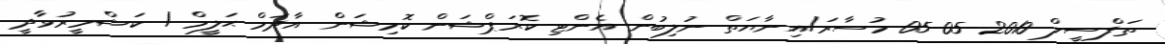
ތަފްސީލް 2010-05-05 މުސާރަ/އިނާޔަތް ނުލިބުން އެންޓި-ކޮރަޕްޝަން ކޮމިޝަން އާދަމް ޙަލީމް / ކަޝްމީރުވާދީ